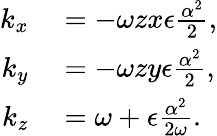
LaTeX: \begin{array}{rl}{k_{x}}&{{}=-\omega zx\epsilon\frac{\alpha^{2}}{2},}\\ {k_{y}}&{{}=-\omega zy\epsilon\frac{\alpha^{2}}{2},}\\ {k_{z}}&{{}=\omega+\epsilon\frac{\alpha^{2}}{2\omega}.}\end{array}